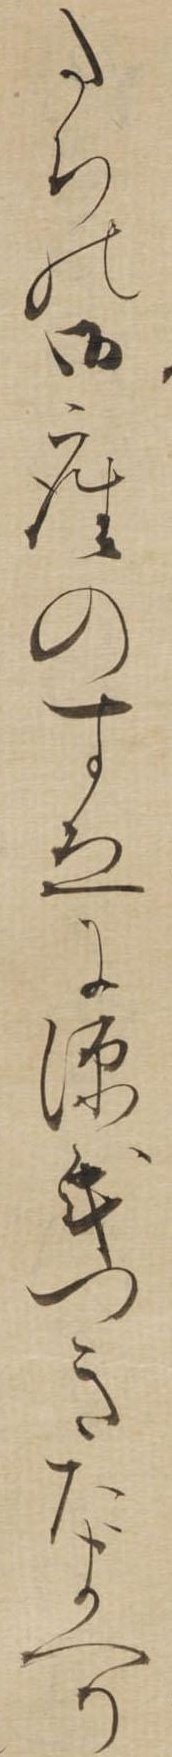
たちの御座のすゑに源氏つきたまへり